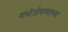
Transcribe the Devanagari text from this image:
गांधीजीबाबतच्या